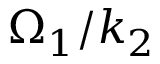
\Omega _ { 1 } / k _ { 2 }